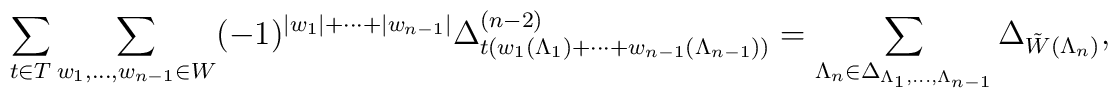
\sum_{t\in T}\sum_{w_{1},\ldots,w_{n-1}\in W}(-1)^{|w_{1}|+\cdots+|w_{n-1}|}\Delta_{t(w_{1}(\Lambda_{1})+\cdots+w_{n-1}(\Lambda_{n-1}))}^{(n-2)}=\sum_{\Lambda_{n}\in\Delta_{\Lambda_{1},\ldots,\Lambda_{n-1}}}\Delta_{\tilde{W}(\Lambda_{n})},